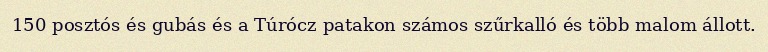
150 posztós és gubás és a Túrócz patakon számos szűrkalló és több malom állott.